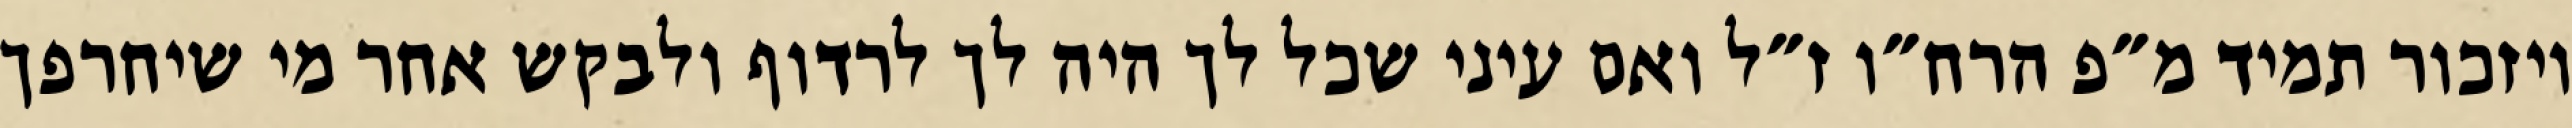
ויזכור תמיד מ״פ הרח״ו ז״ל ואם עיני שכל לך היה לך לרדוף ולבקש אחר מי שיחרפך